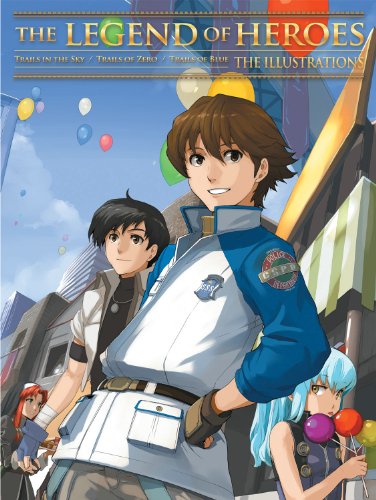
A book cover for The Legend of Heroes: The Illustrations (Legend of Heroes SC); Nihon Falcom; Science Fiction & Fantasy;